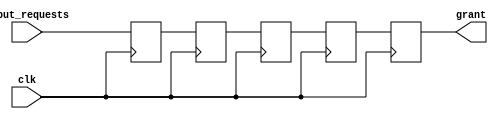
module binary_tree_arbiter(
    input wire clk,
    input wire [7:0] input_requests,
    output reg [7:0] grant
);

reg [7:0] arbiter_tree [3:0];

always @(posedge clk) begin
    // Timing Control Block
    arbiter_tree[0] <= input_requests;
    arbiter_tree[1] <= arbiter_tree[0];
    arbiter_tree[2] <= arbiter_tree[1];
    arbiter_tree[3] <= arbiter_tree[2];

    // Synchronization Block
    grant <= arbiter_tree[3];
end

endmodule